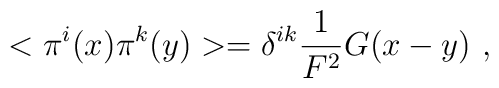
< \pi^{i}(x) \pi^{k}(y) > = \delta^{ik} \frac{1}{F^{2}} G (x-y) \ ,